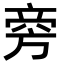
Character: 𬀊